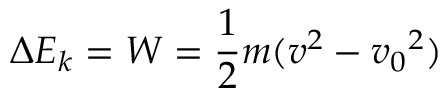
\Delta E _ { k } = W = { \frac { 1 } { 2 } } m ( v ^ { 2 } - { v _ { 0 } } ^ { 2 } )